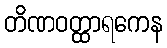
တိဏဝတ္ထာရကေန